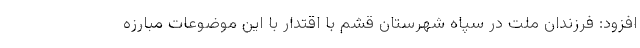
افزود: فرزندان ملت در سپاه شهرستان قشم با اقتدار با این موضوعات مبارزه